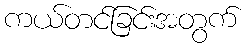
ကယ်တင်ခြင်းအတွက်